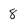
Character: 8